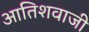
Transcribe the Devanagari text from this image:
आतिशवाजी